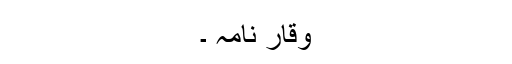
وقار نامہ ۔